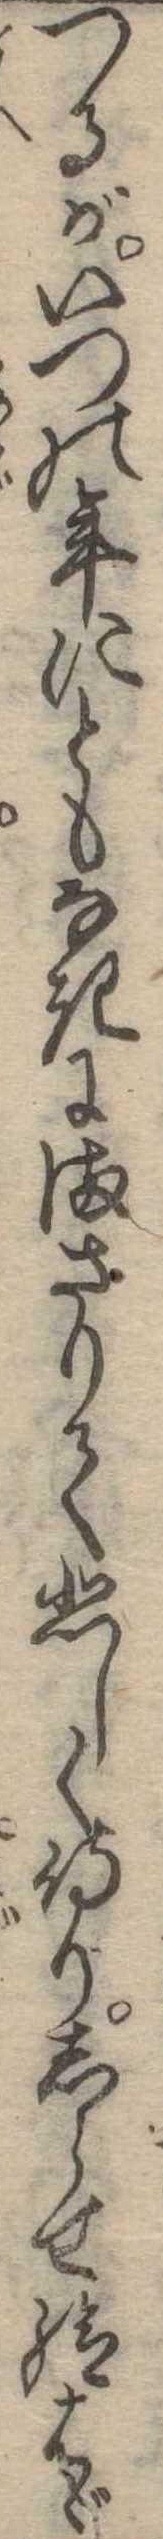
つるがいつの年にともなきにまさりて悲しく侍りしらせ給はゞ